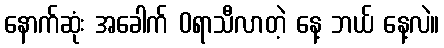
နောက်ဆုံး အခေါက် 0ရာသီလာတဲ့ နေ့ ဘယ် နေ့လဲ။